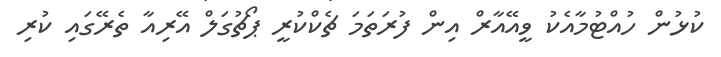
ކުޅުން ހުއްޓުމާއެކު ވީއޭއާރް އިން ފުރަތަމަ ޗެކްކުރީ ޕޯޗުގަލް އޭރިއާ ތެރޭގައި ކުރި